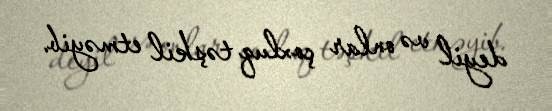
deyil və onlar çoxluq təşkil etməyib.